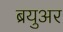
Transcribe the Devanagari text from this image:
ब्रयुअर